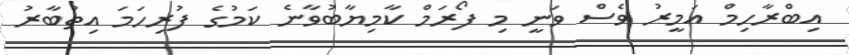
އިބްރާހިމް އަމީރު ވެސް ވަނީ މި ފޯރަމް ކާމިޔާބުވާނެ ކަމުގެ ފުރިހަމަ އިތުބާރު